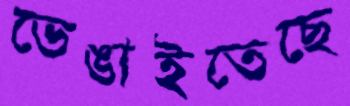
ভেঙাইতেছে